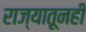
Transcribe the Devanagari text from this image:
राज्यातूनही